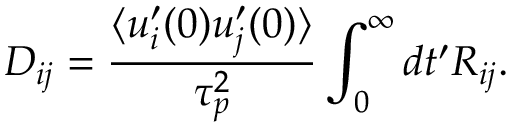
D _ { i j } = \frac { \langle u _ { i } ^ { \prime } ( 0 ) u _ { j } ^ { \prime } ( 0 ) \rangle } { \tau _ { p } ^ { 2 } } \int _ { 0 } ^ { \infty } d t ^ { \prime } R _ { i j } .